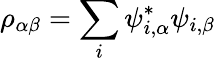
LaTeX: \rho_{\alpha\beta}=\sum_{i}\psi_{i,\alpha}^{*}\psi_{i,\beta}